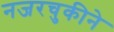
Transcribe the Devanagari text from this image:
नजरचुकीने